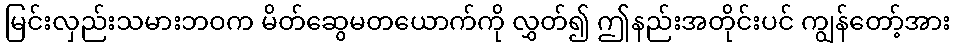
မြင်းလှည်းသမားဘဝက မိတ်ဆွေမတယောက်ကို လွှတ်၍ ဤနည်းအတိုင်းပင် ကျွန်တော့်အား